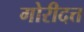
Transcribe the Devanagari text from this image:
गोरीदत्त